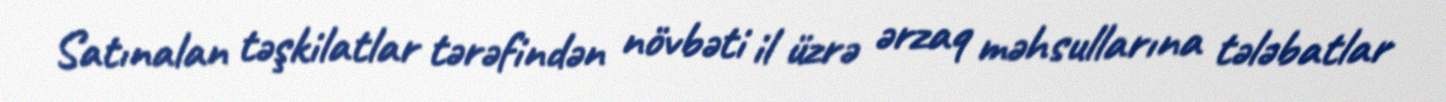
Satınalan təşkilatlar tərəfindən növbəti il üzrə ərzaq məhsullarına tələbatlar